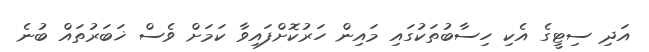
އަދި ސިޓީގެ އެކި ހިސާބުތަކުގައި މައިން ހަރުކޮށްފައިވާ ކަމަށް ވެސް ޚަބަރުތައް ބުނެ